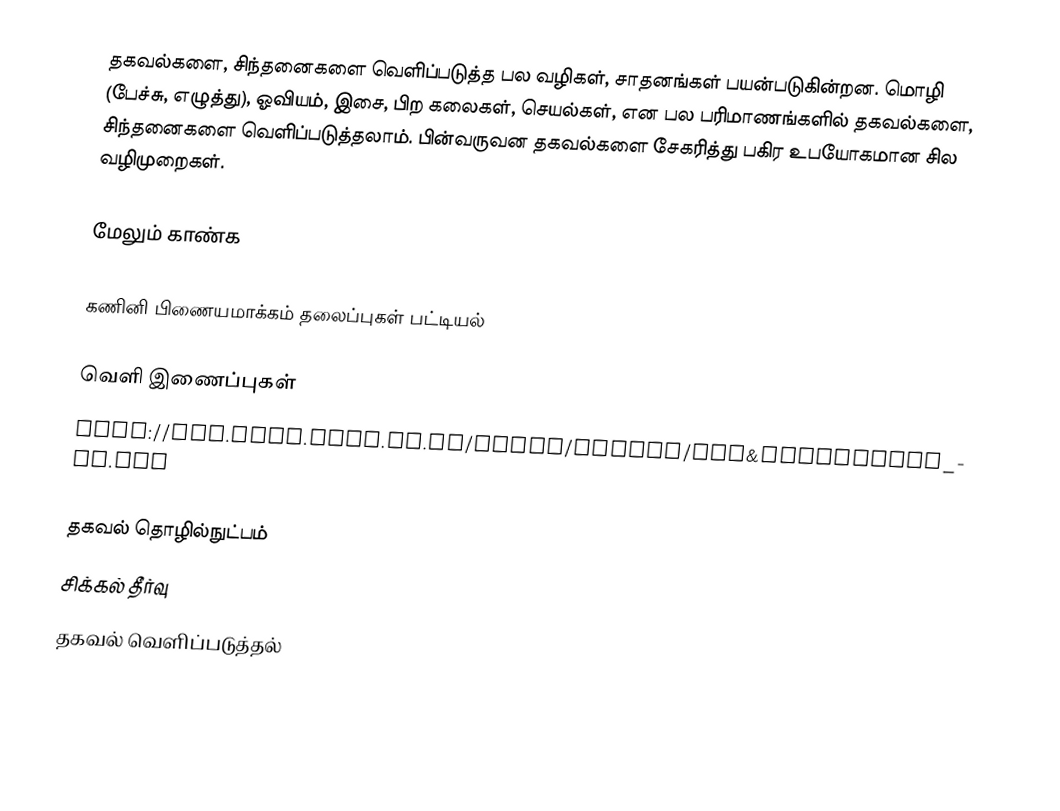
தகவல்களை, சிந்தனைகளை வெளிப்படுத்த பல வழிகள், சாதனங்கள் பயன்படுகின்றன.  மொழி (பேச்சு, எழுத்து), ஓவியம், இசை, பிற கலைகள், செயல்கள், என பல பரிமாணங்களில் தகவல்களை, சிந்தனைகளை வெளிப்படுத்தலாம்.  பின்வருவன தகவல்களை சேகரித்து பகிர உபயோகமான சில வழிமுறைகள்.

மேலும் காண்க

கணினி பிணையமாக்கம் தலைப்புகள் பட்டியல்

வெளி இணைப்புகள்
 http://www.cogs.susx.ac.uk/users/beateg/Cox&Grawemeyer_CR.pdf

தகவல் தொழில்நுட்பம்
சிக்கல் தீர்வு
தகவல் வெளிப்படுத்தல்